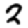
Digit: 2